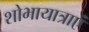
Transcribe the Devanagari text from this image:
शोभायात्राएं